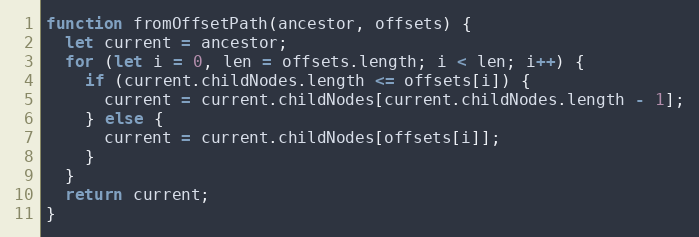
Language: JavaScript
function fromOffsetPath(ancestor, offsets) {
  let current = ancestor;
  for (let i = 0, len = offsets.length; i < len; i++) {
    if (current.childNodes.length <= offsets[i]) {
      current = current.childNodes[current.childNodes.length - 1];
    } else {
      current = current.childNodes[offsets[i]];
    }
  }
  return current;
}